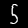
Digit: 5